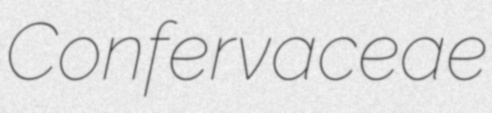
Confervaceae